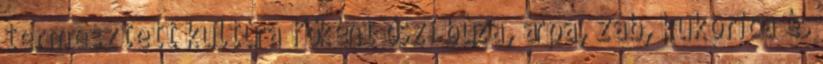
termesztett kultúra főként őszi búza, árpa, zab, kukorica és